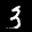
Label: 3